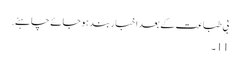
بی طباعت کے بعد اخبار بند ہو جائے چاہئے.
11 ۔